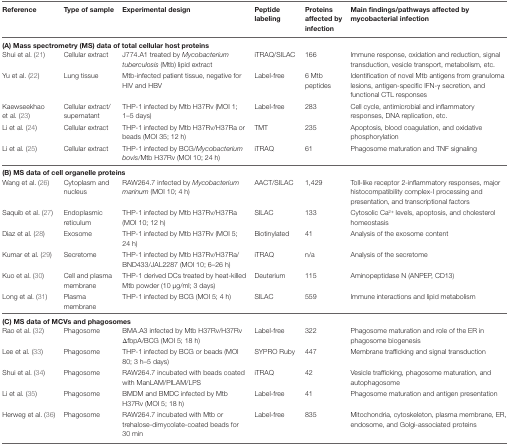
<table><thead><tr><td><b>Reference</b></td><td><b>Type of sample</b></td><td><b>Experimental design</b></td><td><b>Peptide labeling</b></td><td><b>Proteins affected by infection</b></td><td><b>Main findings/pathways affected by mycobacterial infection</b></td></tr></thead><tbody><tr><td colspan="6"><b>(A) Mass spectrometry (MS) data of total cellular host proteins</b></td></tr><tr><td>Shui et al. (21)</td><td>Cellular extract</td><td>J774.A1 treated by <i>Mycobacterium tuberculosis</i> (Mtb) lipid extract</td><td>iTRAQ/SILAC</td><td>166</td><td>Immune response, oxidation and reduction, signal transduction, vesicle transport, metabolism, etc.</td></tr><tr><td>Yu et al. (22)</td><td>Lung tissue</td><td>Mtb-infected patient tissue, negative for HIV and HBV</td><td>Label-free</td><td>6 Mtb peptides</td><td>Identification of novel Mtb antigens from granuloma lesions, antigen-specific IFN-γ secretion, and functional CTL responses</td></tr><tr><td>Kaewseekhao et al. (23)</td><td>Cellular extract/supernatant</td><td>THP-1 infected by Mtb H37Rv (MOI 1; 1–5 days)</td><td>Label-free</td><td>283</td><td>Cell cycle, antimicrobial and inflammatory responses, DNA replication, etc.</td></tr><tr><td>Li et al. (24)</td><td>Cellular extract</td><td>THP-1 infected by Mtb H37Rv/H37Ra or beads (MOI 35; 12 h)</td><td>TMT</td><td>235</td><td>Apoptosis, blood coagulation, and oxidative phosphorylation</td></tr><tr><td>Li et al. (25)</td><td>Cellular extract</td><td>THP-1 infected by BCG/<i>Mycobacterium bovis</i>/Mtb H37Rv (MOI 10; 24 h)</td><td>iTRAQ</td><td>61</td><td>Phagosome maturation and TNF signaling</td></tr><tr><td colspan="6"><b>(B) MS data of cell organelle proteins</b></td></tr><tr><td>Wang et al. (26)</td><td>Cytoplasm and nucleus</td><td>RAW264.7 infected by <i>Mycobacterium marinum</i> (MOI 10; 4 h)</td><td>AACT/SILAC</td><td>1,429</td><td>Toll-like receptor 2-inflammatory responses, major histocompatibility complex-I processing and presentation, and transcriptional factors</td></tr><tr><td>Saquib et al. (27)</td><td>Endoplasmic reticulum</td><td>THP-1 infected by Mtb H37Rv/H37Ra (MOI 10; 12 h)</td><td>SILAC</td><td>133</td><td>Cytosolic Ca<sup>2+</sup> levels, apoptosis, and cholesterol homeostasis</td></tr><tr><td>Diaz et al. (28)</td><td>Exosome</td><td>THP-1 infected by Mtb H37Rv (MOI 5; 24 h)</td><td>Biotinylated</td><td>41</td><td>Analysis of the exosome content</td></tr><tr><td>Kumar et al. (29)</td><td>Secretome</td><td>THP-1 infected by Mtb H37Rv/H37Ra/BND433/JAL2287 (MOI 10; 6–26 h)</td><td>iTRAQ</td><td>n/a</td><td>Analysis of the secretome</td></tr><tr><td>Kuo et al. (30)</td><td>Cell and plasma membrane</td><td>THP-1 derived DCs treated by heat-killed Mtb powder (10 μg/ml; 3 days)</td><td>Deuterium</td><td>115</td><td>Aminopeptidase N (ANPEP, CD13)</td></tr><tr><td>Long et al. (31)</td><td>Plasma membrane</td><td>THP-1 infected by BCG (MOI 5; 4 h)</td><td>SILAC</td><td>559</td><td>Immune interactions and lipid metabolism</td></tr><tr><td colspan="6"><b>(C) MS data of MCVs and phagosomes</b></td></tr><tr><td>Rao et al. (32)</td><td>Phagosome</td><td>BMA.A3 infected by Mtb H37Rv/H37Rv ΔfbpA/BCG (MOI 5; 18 h)</td><td>Label-free</td><td>322</td><td>Phagosome maturation and role of the ER in phagosome biogenesis</td></tr><tr><td>Lee et al. (33)</td><td>Phagosome</td><td>THP-1 infected by BCG or beads (MOI 80; 3 h–5 days)</td><td>SYPRO Ruby</td><td>447</td><td>Membrane trafficking and signal transduction</td></tr><tr><td>Shui et al. (34)</td><td>Phagosome</td><td>RAW264.7 incubated with beads coated with ManLAM/PILAM/LPS</td><td>iTRAQ</td><td>42</td><td>Vesicle trafficking, phagosome maturation, and autophagosome</td></tr><tr><td>Li et al. (35)</td><td>Phagosome</td><td>BMDM and BMDC infected by Mtb H37Rv (MOI 5; 18 h)</td><td>Label-free</td><td>41</td><td>Phagosome maturation and antigen presentation</td></tr><tr><td>Herweg et al. (36)</td><td>Phagosome</td><td>RAW264.7 incubated with Mtb or trehalose-dimycolate-coated beads for 30 min</td><td>Label-free</td><td>835</td><td>Mitochondria, cytoskeleton, plasma membrane, ER, endosome, and Golgi-associated proteins</td></tr></tbody></table>